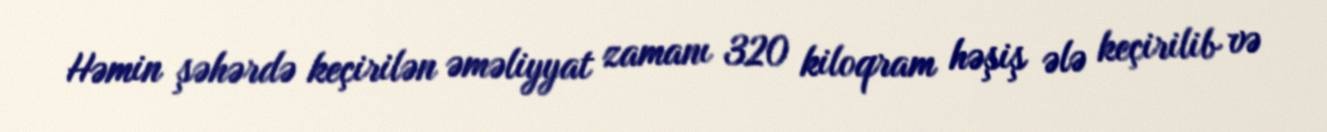
Həmin şəhərdə keçirilən əməliyyat zamanı 320 kiloqram həşiş ələ keçirilib və